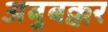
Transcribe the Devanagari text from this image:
अबुबक्कर